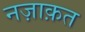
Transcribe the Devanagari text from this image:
नज़ाक़त